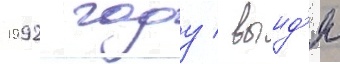
1992 году / выид'я